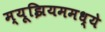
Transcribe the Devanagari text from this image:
म्यूझियममध्ये